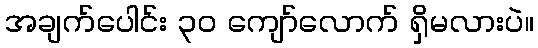
အချက်ပေါင်း ၃၀ ကျော်လောက် ရှိမလားပဲ။